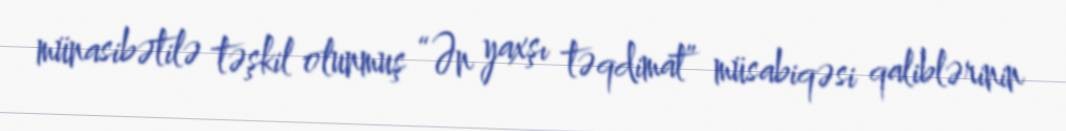
münasibətilə təşkil olunmuş “Ən yaxşı təqdimat” müsabiqəsi qaliblərinin